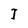
Character: I